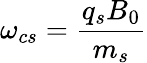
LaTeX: \omega_{cs}=\frac{q_{s}B_{0}}{m_{s}}